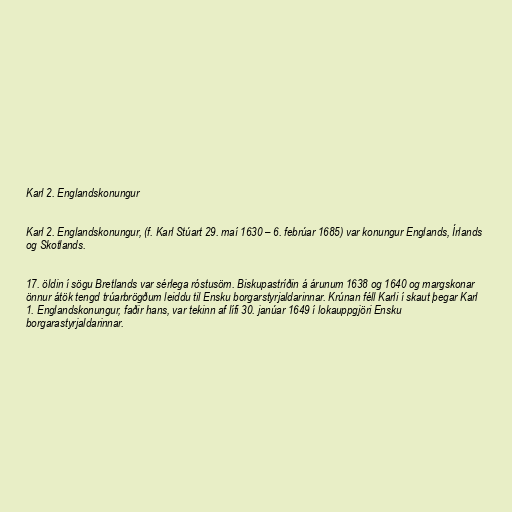
Karl 2. Englandskonungur

Karl 2. Englandskonungur, (f. Karl Stúart 29. maí 1630 – 6. febrúar 1685) var konungur Englands, Írlands
og Skotlands.

17. öldin í sögu Bretlands var sérlega róstusöm. Biskupastríðin á árunum 1638 og 1640 og margskonar
önnur átök tengd trúarbrögðum leiddu til Ensku borgarstyrjaldarinnar. Krúnan féll Karli í skaut þegar Karl
1. Englandskonungur, faðir hans, var tekinn af lífi 30. janúar 1649 í lokauppgjöri Ensku
borgarastyrjaldarinnar.